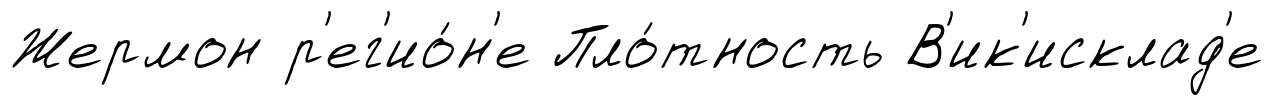
Жермон р'ег'ио́н'е Пло́тность В'ик'исклад'е